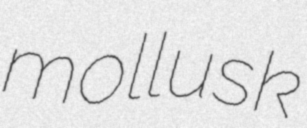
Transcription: mollusk